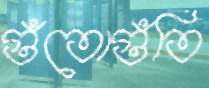
গুঁতোগুঁতি